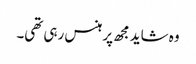
وہ شاید مجھ پر ہنس رہی تھی۔